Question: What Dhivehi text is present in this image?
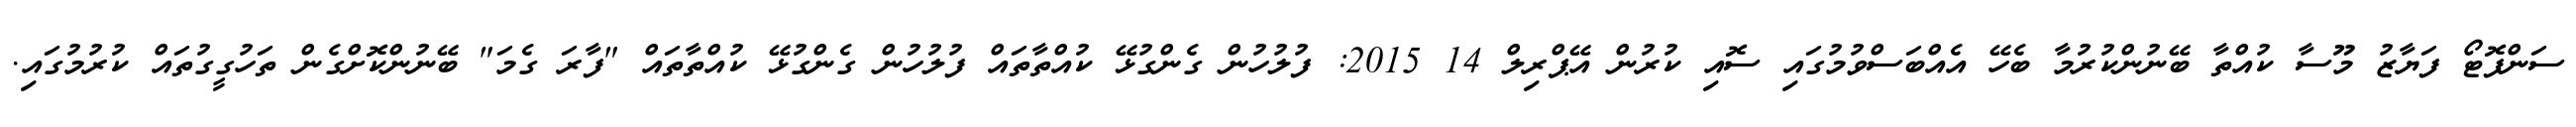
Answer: ސަންފޮޓޯ ފަޔާޒު މޫސާ ކުއްތާ ބޭނުންކުރުމާ ބެހޭ އެއްބަސްވުމުގައި ސޮއި ކުރުން އޭޕްރިލް 14 2015: ފުލުހުން ގެންގުޅޭ ކުއްތާތައް ފުލުހުން ގެންގުޅޭ ކުއްތާތައް "ފާރަ ގެމަ" ބޭނުންކޮށްގެން ތަހުގީގުތައް ކުރުމުގައި.